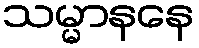
သမ္မာနနေ